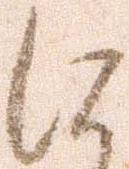
に